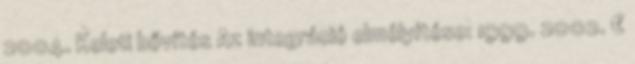
2004. Keleti bővítés Az integráció elmélyítése: 1999. 2002. €